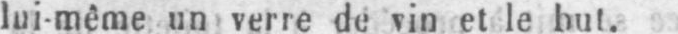
lui-même un verre de vin et le but.